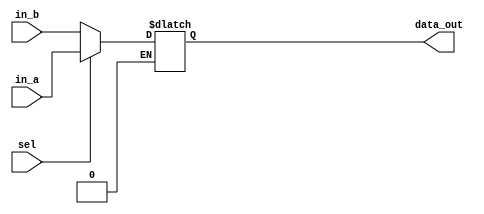
// 55:035 sisc processor project
// part 3 - swap register addresses

`timescale 1ns/100ps

module register_swap(in_a, in_b, sel, data_out);

	/*
 	 * 	SWAP REG REGISTER FILE - swap_reg.v
 	 *	Inputs:	
 	 *		-in_a (4bits): Address of Rs 
 	 *		-in_b (4bits): Address of Rt
 	 *		-sel 1 bit: multiplexer inputs into rf (0 -> swap rs;) (1-> swap rt;)
 	 *	OUTPUTS:
 	 *		-data_out (4bits): Address of register to be swapped
 	 */

input [3:0] in_a;
input [3:0] in_b;
input sel;

output [3:0] data_out;
reg [3:0] data_out;

always @ (in_a, in_b, sel)
begin
	if(sel == 1'b0)
	begin
		data_out <= in_b;
	end
	if(sel == 1'b1)
	begin
		data_out <= in_a;
	end
end

endmodule